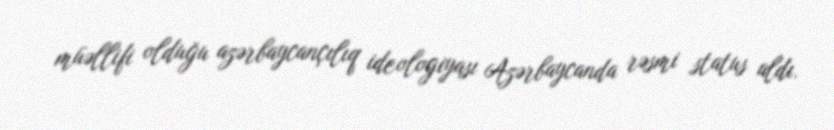
müəllifi olduğu azərbaycançılıq ideologiyası Azərbaycanda rəsmi status aldı.